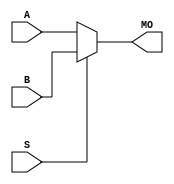
module stratixv_mux21 (MO, A, B, S);
   input A, B, S;
   output MO;
   wire A_in;
   wire B_in;
   wire S_in;
   buf(A_in, A);
   buf(B_in, B);
   buf(S_in, S);
   wire   tmp_MO;
   specify
      (A => MO) = (0, 0);
      (B => MO) = (0, 0);
      (S => MO) = (0, 0);
   endspecify
   assign tmp_MO = (S_in == 1) ? B_in : A_in;
   buf (MO, tmp_MO);
endmodule